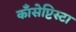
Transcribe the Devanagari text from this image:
काँसेप्टिस्टा